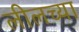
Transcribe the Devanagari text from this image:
लीलच्या